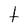
Character: t